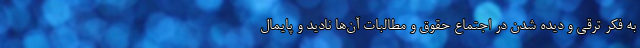
به فکر ترقی و دیده شدن در اجتماع حقوق و مطالبات آن‌ها نادید و پایمال